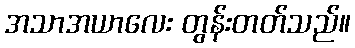
အသာအယာလေး တွန်းတတ်သည်။